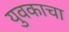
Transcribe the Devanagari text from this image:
युवकाचा